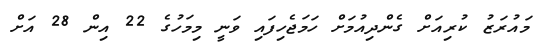
މައުރަޒު ކުރިއަށް ގެންދިއުމަށް ހަމަޖެހިފައި ވަނީ މިމަހުގެ 22 އިން 28 އަށް